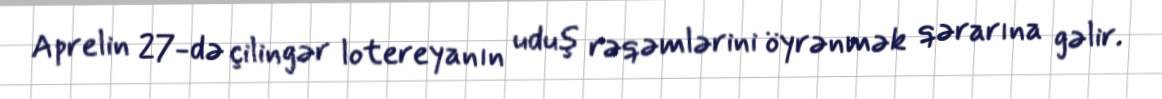
Aprelin 27-də çilingər lotereyanın uduş rəqəmlərini öyrənmək qərarına gəlir.